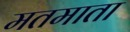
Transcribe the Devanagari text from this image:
मतमाता